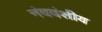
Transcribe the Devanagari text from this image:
नंदवंशीय